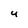
Character: u